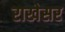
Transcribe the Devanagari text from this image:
राखेसर